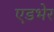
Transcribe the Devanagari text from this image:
एडभेर